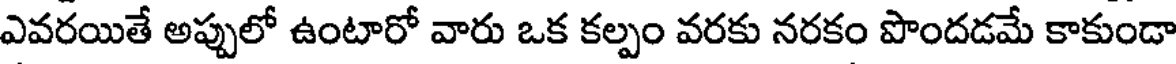
ఎవరయితే అప్పులో ఉంటారో వారు ఒక కల్పం వరకు నరకం పొందడమే కాకుండా